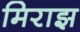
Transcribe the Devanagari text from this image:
मिराझ